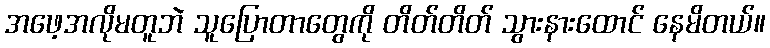
အဖေ့အလိုမတူဘဲ သူပြောတာတွေကို တိတ်တိတ် သွားနားထောင် နေမိတယ်။